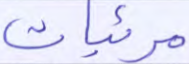
مرئيات